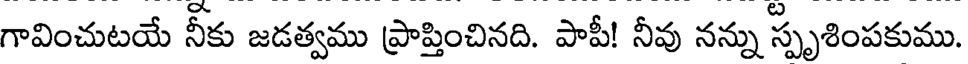
గావించుటయే నీకు జడత్వము ప్రాప్తించినది. పాపీ! నీవు నన్ను స్పృశింపకుము.